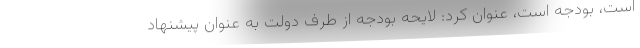
است، بودجه است، عنوان کرد: لایحه بودجه از طرف دولت به عنوان پیشنهاد